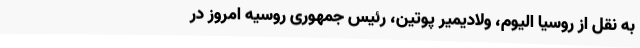
به نقل از روسیا الیوم، ولادیمیر پوتین، رئیس جمهوری روسیه امروز در